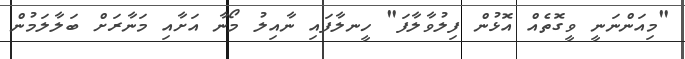
"މިއަންނަނީ ވީގޮތެއް އޮޅުން ފިލުވާލާފަ" ހީނލާފައި ނާއިލު މޯނާ އަށާއި މަނާރަށް ބަލާލަމުން